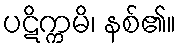
ပဋိက္ကမိ၊ နစ်၏။